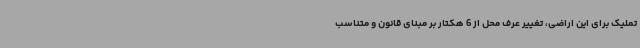
تملیک برای این اراضی، تغییر عرف محل از 6 هکتار بر مبنای قانون و متناسب